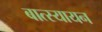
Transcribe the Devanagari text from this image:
बात्स्यायन